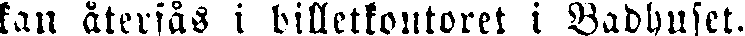
kan återsås i billetkontoret i Badhuset.